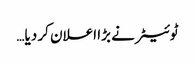
ٹوئیٹر نے بڑا اعلان کر دیا…